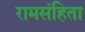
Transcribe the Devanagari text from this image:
रामसंहिता